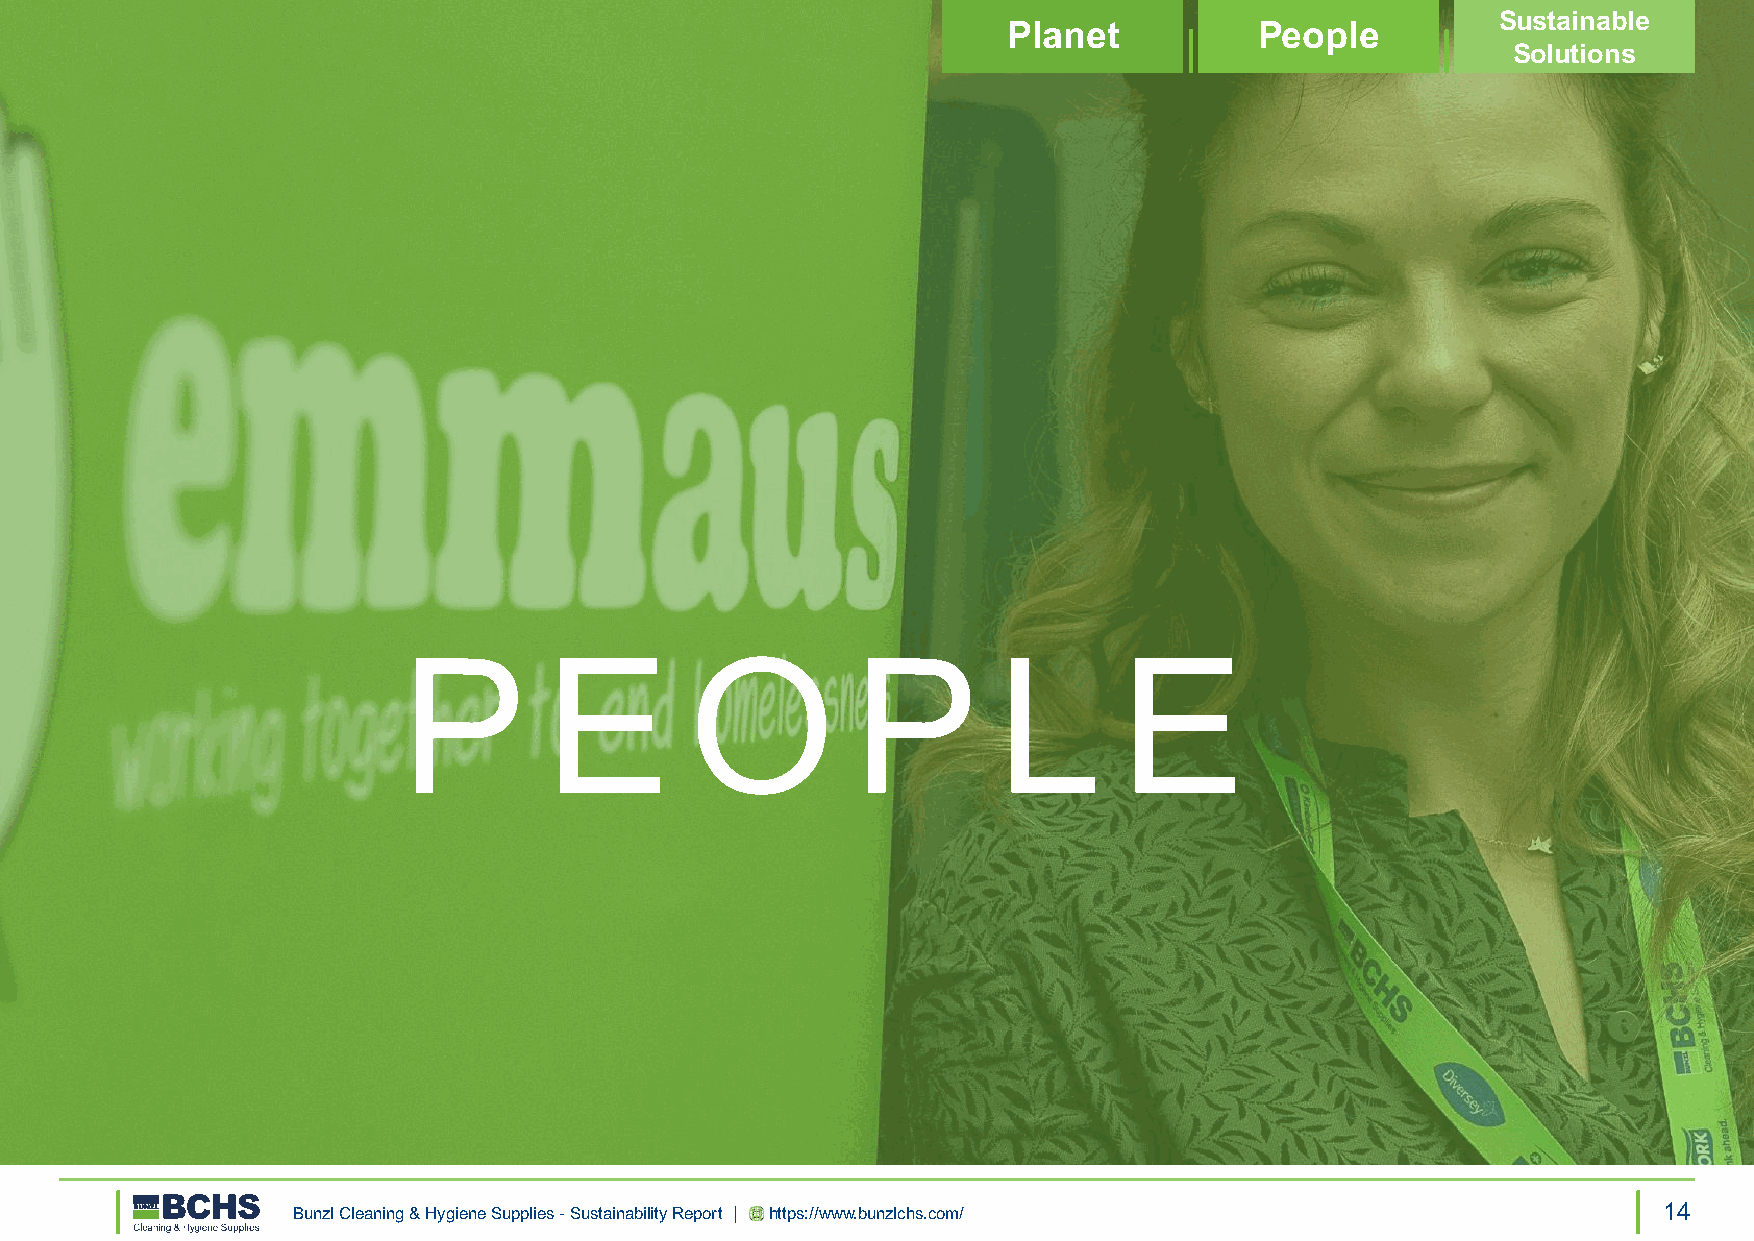
Sustainable
 Planet          People
 Solutions
 P        E         O          P        L       E
 Bunzl Cleaning & Hygiene Supplies - Sustainability Report | https://www.bunzlchs.com/      14